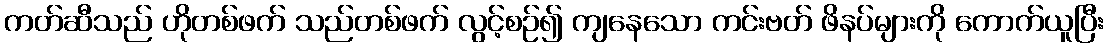
ကတ်ဆီသည် ဟိုတစ်ဖက် သည်တစ်ဖက် လွင့်စဉ်၍ ကျနေသော ကင်းဗတ် ဖိနပ်များကို ကောက်ယူပြီး